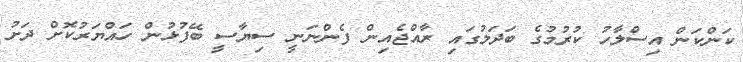
ކަންކަން އިސްލާހު ކުރުމުގެ ބަދަލުގައި ރާއްޖެއިން ފެންނަނީ ސިޔާސީ ބޭފުޅުން ހައްޔަރުކޮށް ދަށު